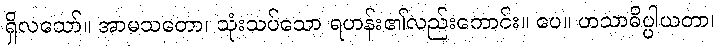
ရှိလသော်။ အာမသတော၊ သုံးသပ်သော ရဟန်း၏လည်းကောင်း။ ပေ။ ဟသာဓိပ္ပါယတာ၊